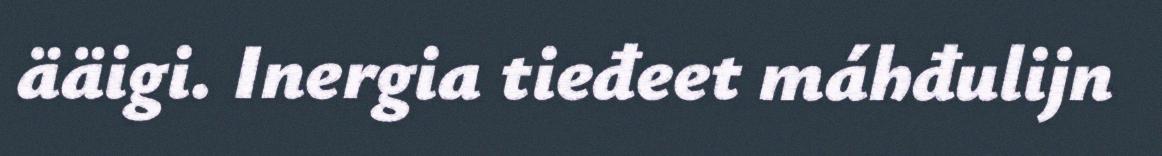
ääigi. Inergia tieđeet máhđulijn